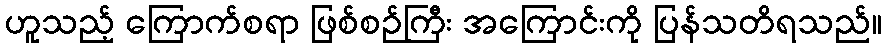
ဟူသည့် ကြောက်စရာ ဖြစ်စဉ်ကြီး အကြောင်းကို ပြန်သတိရသည်။